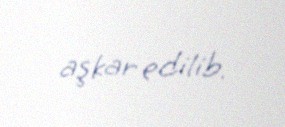
aşkar edilib.